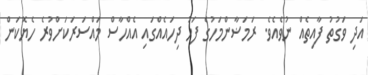
އަދި ވަގުތު ފާއިތެއް ނުވެއެވެ. ރަމަޟާންމަހުގެ ފަހު ދިހައެއްގައި އެއްހާސް މައްސަރަކަށްވުރެ ހެޔޮކަން